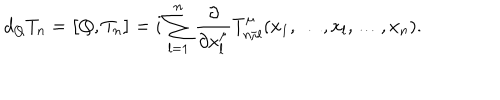
d _ { Q } T _ { n } = \bigl [ Q , T _ { n } \bigr ] = i \sum _ { l = 1 } ^ { n } \frac { \partial } { \partial x _ { l } ^ { \mu } } T _ { n / l } ^ { \mu } ( x _ { 1 } , \ldots , x _ { l } , \ldots , x _ { n } ) .